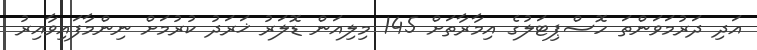
އަދި ދަރުމަވަންތަ ހޮސްޕިޓަލުގެ އިމާރާތަށް 145 މިލިއަން ޑޮލަރު ޚަރަދު ކުރުމަށް ނިންމާފައިވާއިރު